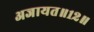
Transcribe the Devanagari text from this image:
अजायत॥१२॥